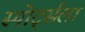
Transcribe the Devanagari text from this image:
स्पोर्ट्सला